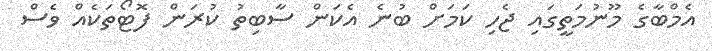
އެމްބާގެ މޫނުމަތީގައި ޖެހި ކަމަށް ބުނެ އެކަން ސާބިތު ކުރަން ފޮޓޯތަކެއް ވެސް